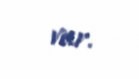
var.